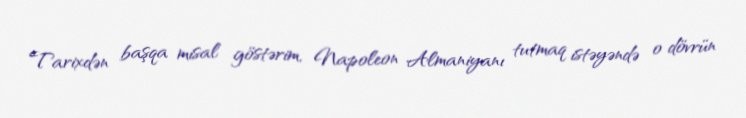
Tarixdən başqa misal göstərim, Napoleon Almaniyanı tutmaq istəyəndə o dövrün